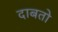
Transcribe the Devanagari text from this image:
दाबतो